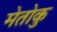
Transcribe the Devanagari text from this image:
मेतोकु